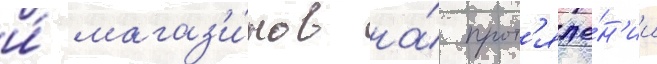
и́ магаз'и́нов на́ прот'яже́н'ии